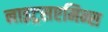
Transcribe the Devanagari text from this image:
नाइट्रसएमिन्स